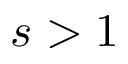
s > 1